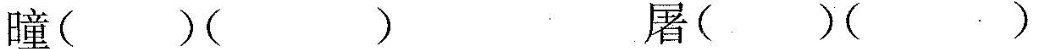
瞳()() 居()